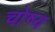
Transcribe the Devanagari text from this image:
चोष्‍य